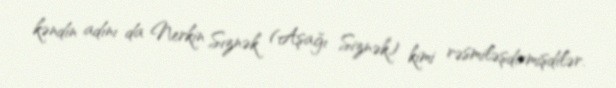
kəndin adını da Nerkin Sıznək (Aşağı Siznək) kimi rəsmiləşdirmişdilər.